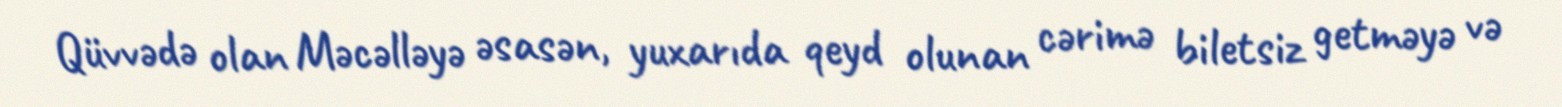
Qüvvədə olan Məcəlləyə əsasən, yuxarıda qeyd olunan cərimə biletsiz getməyə və